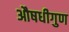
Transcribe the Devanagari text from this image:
औषधीगुण